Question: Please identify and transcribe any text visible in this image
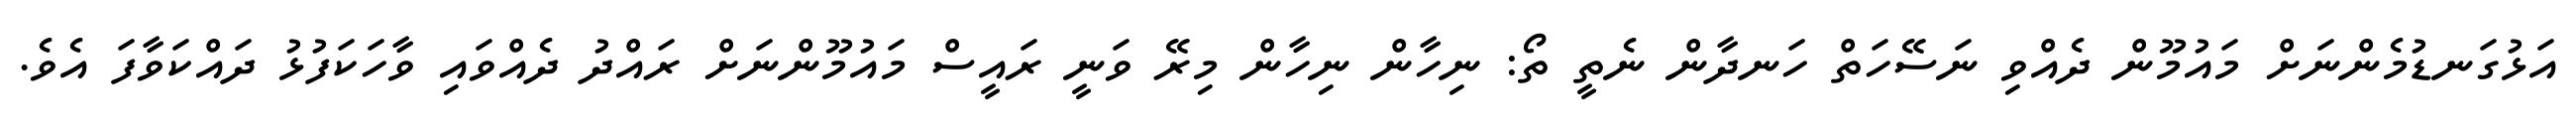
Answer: އަޅުގަނޑުމެންނަށް މައުމޫން ދެއްވި ނަސޭހަތް ހަނދާން ނެތީ ތޯ: ނިހާން ނިހާން މިރޭ ވަނީ ރައީސް މައުމޫންނަށް ރައްދު ދެއްވައި ވާހަކަފުޅު ދައްކަވާފަ އެވެ.